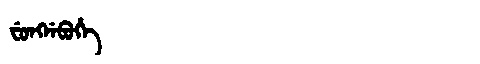
Manchu: ᠸᡠᠩᠨᡝᠪᡠᡥᡝ
Romanization: FUNGNEBUHE